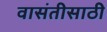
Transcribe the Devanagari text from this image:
वासंतीसाठी